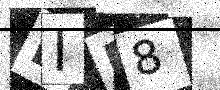
Text: EIE8